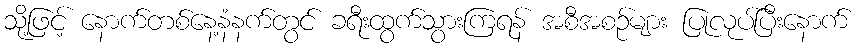
သို့ဖြင့် နောက်တစ်နေ့နံနက်တွင် ခရီးထွက်သွားကြရန် အစီအစဉ်များ ပြုလုပ်ပြီးနောက်